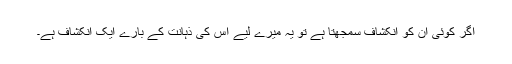
اگر کوئی ان کو انکشاف سمجھتا ہے تو یہ میرے لیے اس کی ذہانت کے بارے ایک انکشاف ہے۔